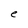
Character: e